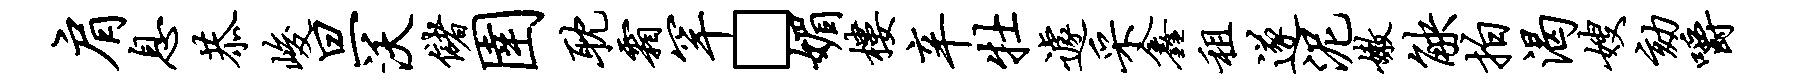
肩息恭峻旦沃储圉耽霜罕□媚楼辛牡遽采鑫租遂泥嫩觖拍渴嫂劾嚼